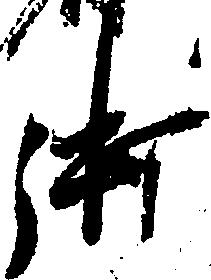
御